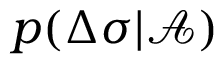
p ( \Delta \sigma | \mathcal { A } )